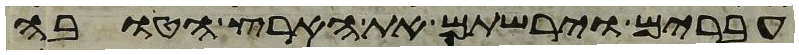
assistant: עברים וירשתם את הארץ הטובה